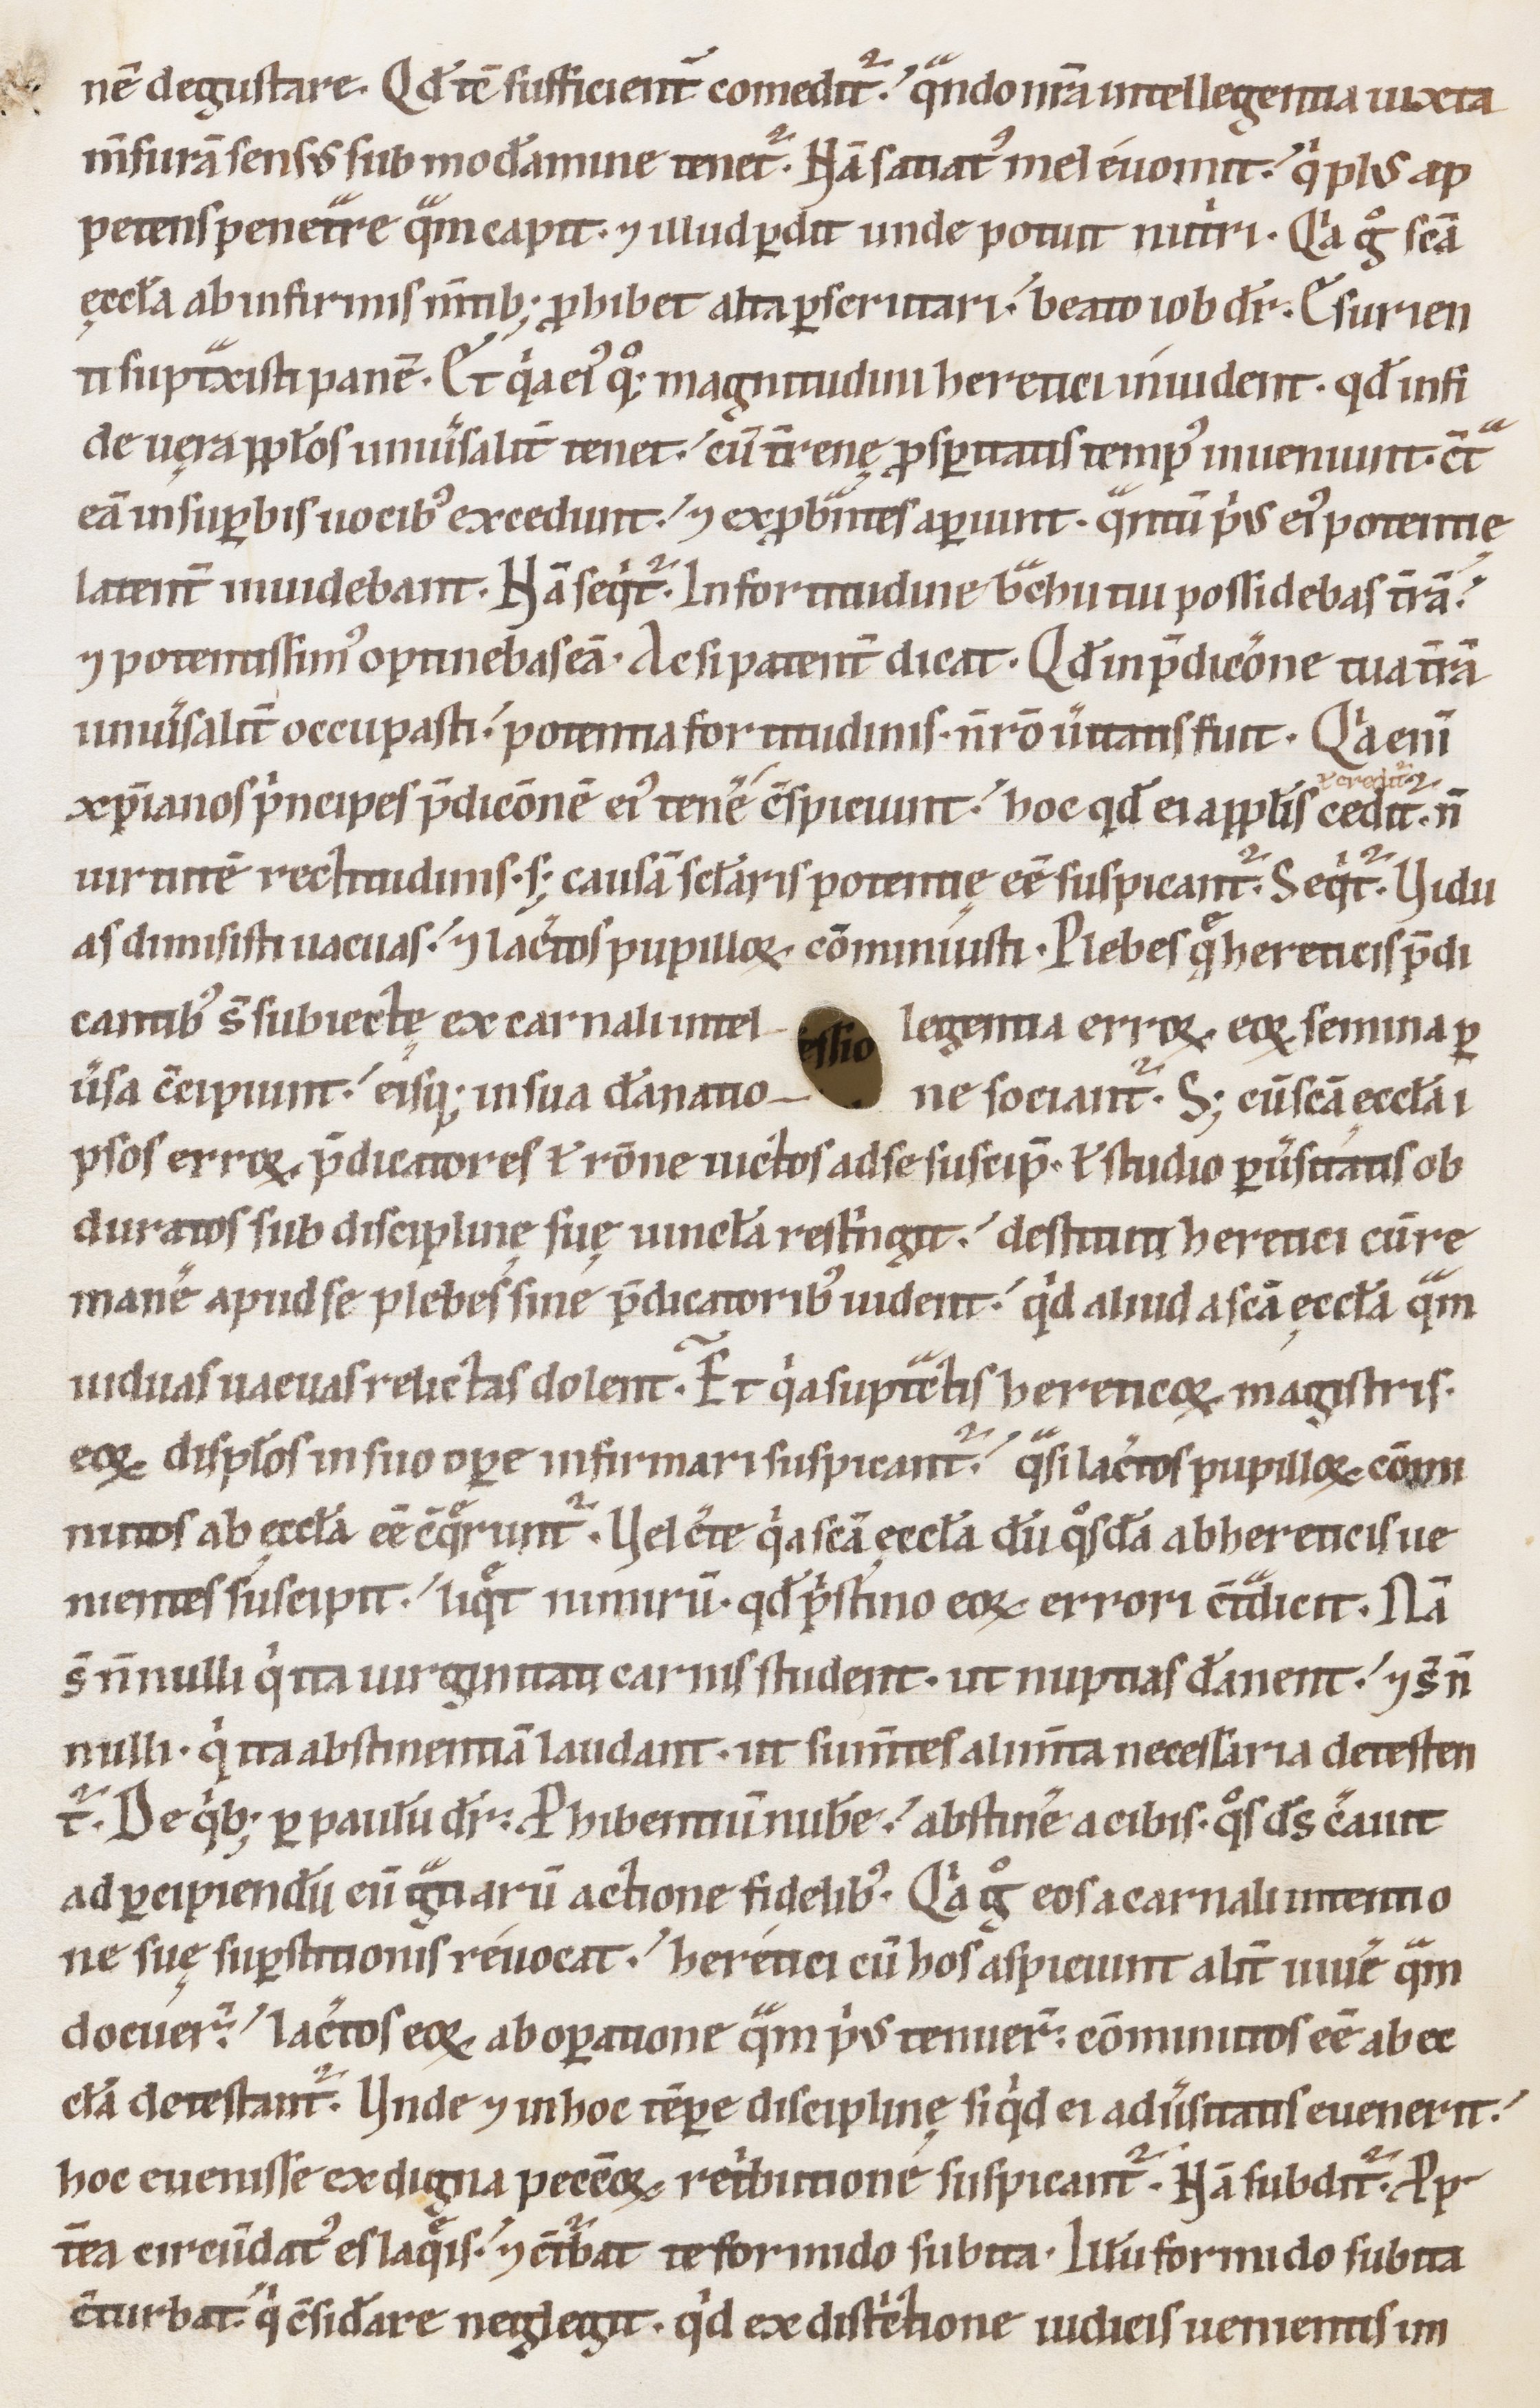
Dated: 1100–1199